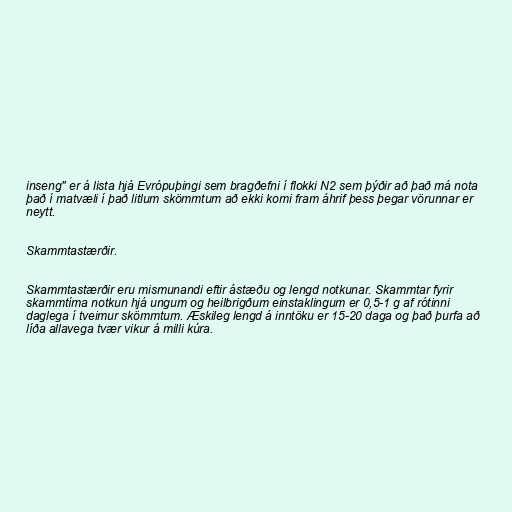
inseng" er á lista hjá Evrópuþingi sem bragðefni í flokki N2 sem þýðir að það má nota
það í matvæli í það litlum skömmtum að ekki komi fram áhrif þess þegar vörunnar er
neytt.

Skammtastærðir.

Skammtastærðir eru mismunandi eftir ástæðu og lengd notkunar. Skammtar fyrir
skammtíma notkun hjá ungum og heilbrigðum einstaklingum er 0,5-1 g af rótinni
daglega í tveimur skömmtum. Æskileg lengd á inntöku er 15-20 daga og það þurfa að
líða allavega tvær vikur á milli kúra.